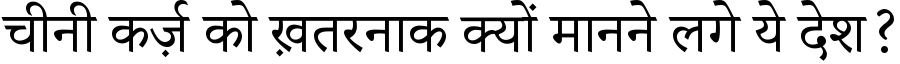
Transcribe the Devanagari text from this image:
चीनी कर्ज़ को ख़तरनाक क्यों मानने लगे ये देश?